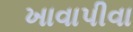
ખાવાપીવા